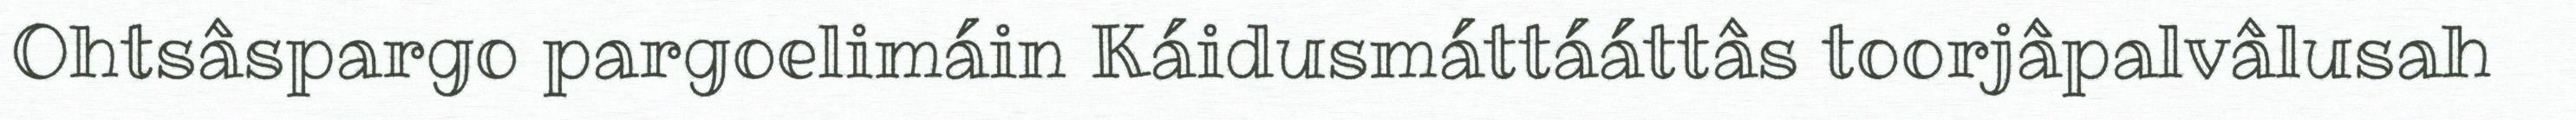
Ohtsâspargo pargoelimáin Káidusmáttááttâs toorjâpalvâlusah